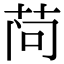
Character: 𬜬